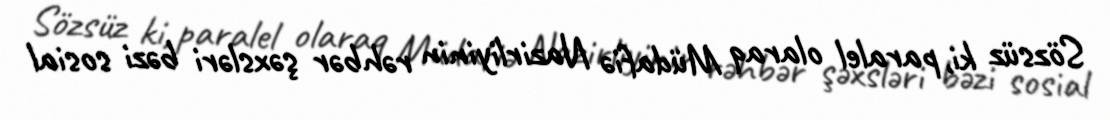
Sözsüz ki, paralel olaraq Müdafiə Nazirliyinin rəhbər şəxsləri bəzi sosial